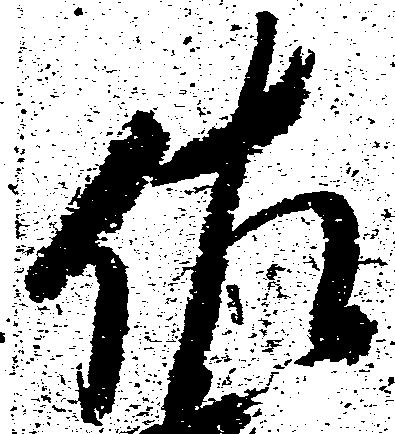
佐